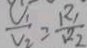
\frac { V _ { 1 } } { V _ { 2 } } = \frac { R _ { 1 } } { R _ { 2 } }